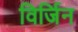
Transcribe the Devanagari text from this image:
विर्जिन